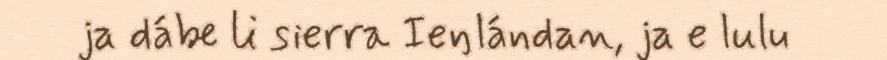
ja dábe li sierra Ieŋlándan, ja e lulu